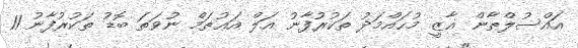
އައްސުލްޠާން ޣާޒީ މުޙައްމަދު ތަކުރުފާނު އަލް އަޢުޡަމް ނުވަތަ ބޮޑު ތަކުރުފާނު 11